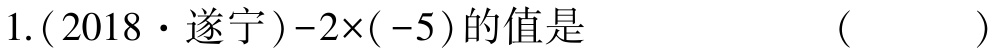
1.(2018·遂宁)$-2\times(-5)$的值是  (   )